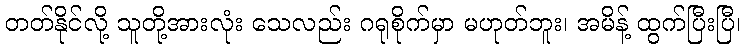
တတ်နိုင်လို့ သူတို့အားလုံး သေလည်း ဂရုစိုက်မှာ မဟုတ်ဘူး၊ အမိန့် ထွက်ပြီးပြီ၊